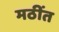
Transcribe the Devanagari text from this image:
मठींत